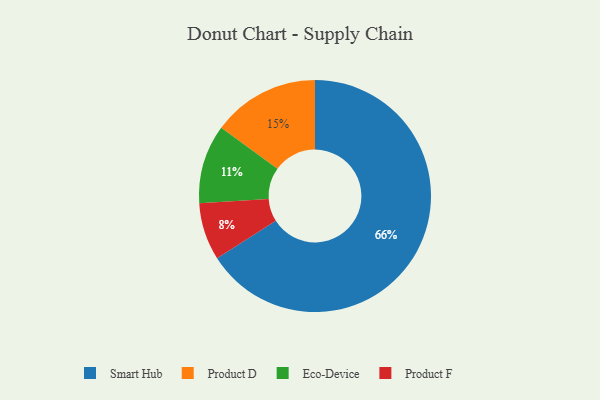
{"axis": {"x": "Category", "y": "Percentage"}, "legend": ["Eco-Device", "Product D", "Product F", "Smart Hub"], "data": [{"x": "Smart Hub", "y": 66, "type": "Smart Hub"}, {"x": "Product F", "y": 8, "type": "Product F"}, {"x": "Product D", "y": 15, "type": "Product D"}, {"x": "Eco-Device", "y": 11, "type": "Eco-Device"}]}